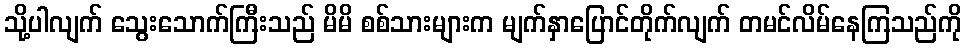
သို့ပါလျက် သွေးသောက်ကြီးသည် မိမိ စစ်သားများက မျက်နှာပြောင်တိုက်လျက် တမင်လိမ်နေကြသည်ကို